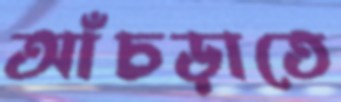
আঁচড়াতে